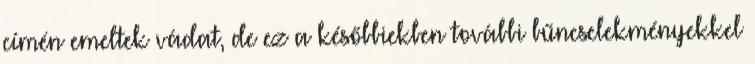
címén emeltek vádat, de ez a későbbiekben további bűncselekményekkel